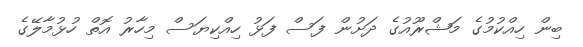
ބިން ހިއްކުމުގެ މަޝްރޫއުގެ ދަށުން ފަސް ފަޅު ހިއްކިޔަސް މިހާރު އޮތް ހުޅުމާލޭގެ